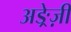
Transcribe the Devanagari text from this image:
अङ्रेज़ी